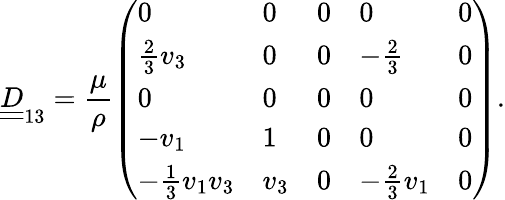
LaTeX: \underline{{\underline{{D}}}}_{13}=\frac{\mu}{\rho}\left(\begin{array}{lllll}{0}&{0}&{0}&{0}&{0}\\ {\frac{2}{3}v_{3}}&{0}&{0}&{-\frac{2}{3}}&{0}\\ {0}&{0}&{0}&{0}&{0}\\ {-v_{1}}&{1}&{0}&{0}&{0}\\ {-\frac{1}{3}v_{1}v_{3}}&{v_{3}}&{0}&{-\frac{2}{3}v_{1}}&{0}\end{array}\right).